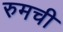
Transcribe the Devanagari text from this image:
रुमची